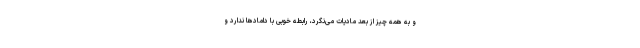
و به همه چیز از بعد مادیات می‌نگرد، رابطه خوبی با دامادها ندارد و